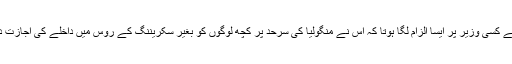
یہاں ایک لمحے کو رک کر سوچیں کیا پیوٹن حکومت کے کسی وزیر پر ایسا الزام لگا ہوتا کہ اس نے منگولیا کی سرحد پر کچھ لوگوں کو بغیر سکریننگ کے روس میں داخلے کی اجازت دی تو وہ ہینڈ سم ابھی تک پیوٹن کی کابینہ کا حصہ ہوتا؟